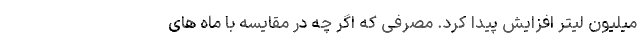
میلیون لیتر افزایش پیدا کرد. مصرفی که اگر چه در مقایسه با ماه های